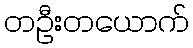
တဦးတယောက်